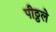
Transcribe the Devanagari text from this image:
पीठ्ठले